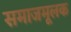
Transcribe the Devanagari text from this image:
समाजमूलक